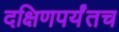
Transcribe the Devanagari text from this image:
दक्षिणपर्यंतच